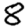
Digit: 8